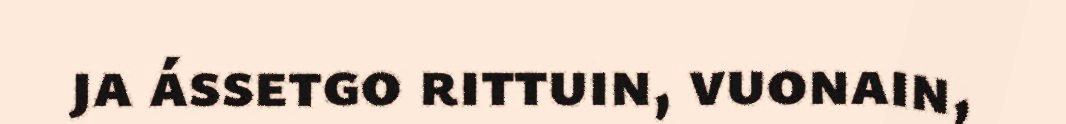
ja ássetgo rittuin, vuonain,